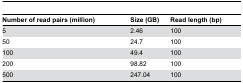
| Number of read pairs (million) | Size (GB) | Read length (bp) |
 | --- | --- | --- |
 | 5 | 2.46 | 100 |
 | 50 | 24.7 | 100 |
 | 100 | 49.4 | 100 |
 | 200 | 98.82 | 100 |
 | 500 | 247.04 | 100 |